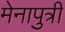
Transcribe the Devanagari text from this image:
मेनापुत्री